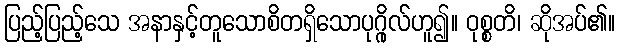
ပြည့်ပြည့်သေ အနာနှင့်တူသောစိတရှိသောပုဂ္ဂိုလ်ဟူ၍။ ဝုစ္စတိ၊ ဆိုအပ်၏။